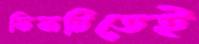
ফিফটিতেই